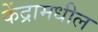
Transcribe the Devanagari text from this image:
केंद्रामधील